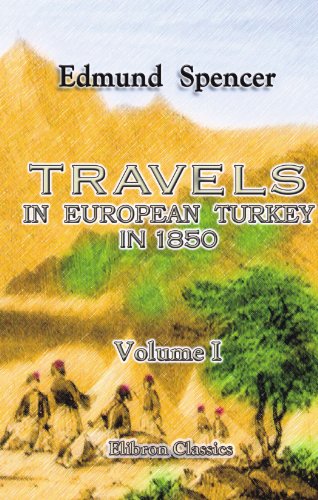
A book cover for Travels in European Turkey in 1850: Through Bosnia, Servia, Bulgaria, Macedonia, Thrace, Albania, and Epirus; with a Visit to Greece and the Ionian ... of Austria on the Lower Danube. Volume 1; Edmund Spencer; Travel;